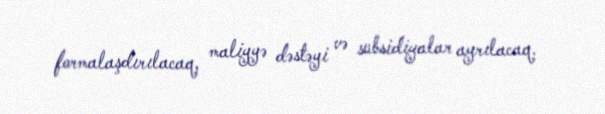
formalaşdırılacaq, maliyyə dəstəyi və subsidiyalar ayrılacaq.